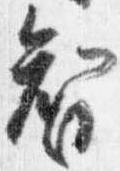
智